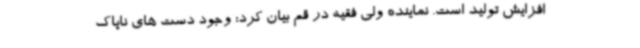
افزایش تولید است. نماینده ولی فقیه در قم بیان کرد: وجود دست های ناپاک